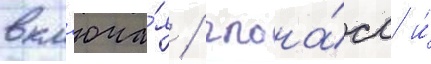
вкл'юча́я / глона́сс и́